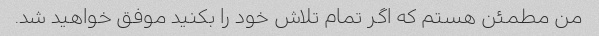
من مطمئن هستم که اگر تمام تلاش خود را بکنید موفق خواهید شد.